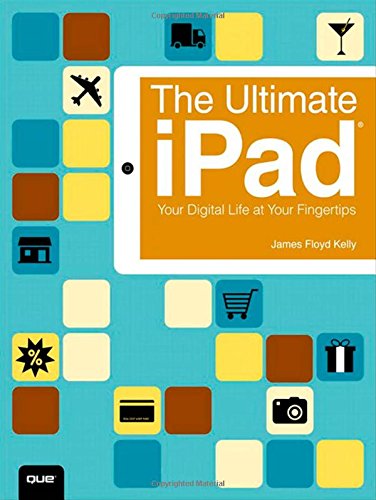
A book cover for The Ultimate iPad: Your Digital Life at Your Fingertips; James Floyd Kelly; Computers & Technology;